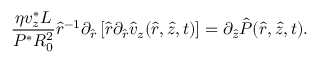
\frac { \eta v _ { z } ^ { * } L } { P ^ { * } R _ { 0 } ^ { 2 } } \hat { r } ^ { - 1 } \partial _ { \hat { r } } \left[ \hat { r } \partial _ { \hat { r } } \hat { v } _ { z } ( \hat { r } , \hat { z } , t ) \right] = \partial _ { \hat { z } } \hat { P } ( \hat { r } , \hat { z } , t ) .